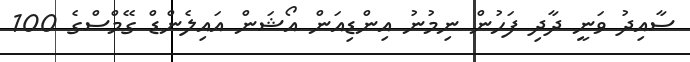
ސާއިދު ވަނީ ދާދި ފަހުން ނިމުނު އިންޑިއަން އޯޝަން އައިލެންޑް ގޭމްސްގެ 100